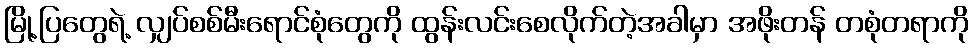
မြို့ပြတွေရဲ့ လျှပ်စစ်မီးရောင်စုံတွေကို ထွန်းလင်းစေလိုက်တဲ့အခါမှာ အဖိုးတန် တစုံတရာကို